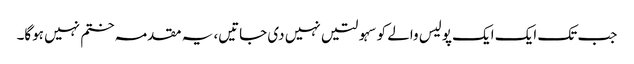
جب تک ایک ایک پولیس والے کو سہولتیں نہیں دی جاتیں، یہ مقدمہ ختم نہیں ہوگا۔